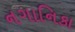
નગાનિકા